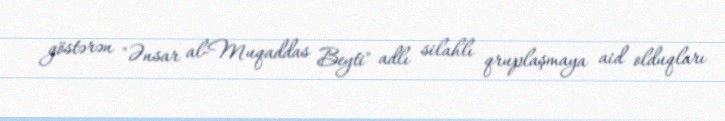
göstərən "Ənsar al-Muqaddas Beyti" adlı silahlı qruplaşmaya aid olduqları